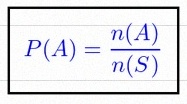
P(A)=\frac{n(A)}{n(S)}